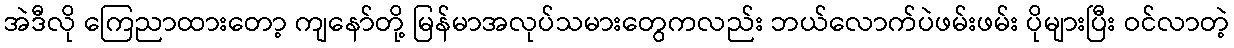
အဲဒီလို ကြေညာထားတော့ ကျနော်တို့ မြန်မာအလုပ်သမားတွေကလည်း ဘယ်လောက်ပဲဖမ်းဖမ်း ပိုများပြီး ဝင်လာတဲ့